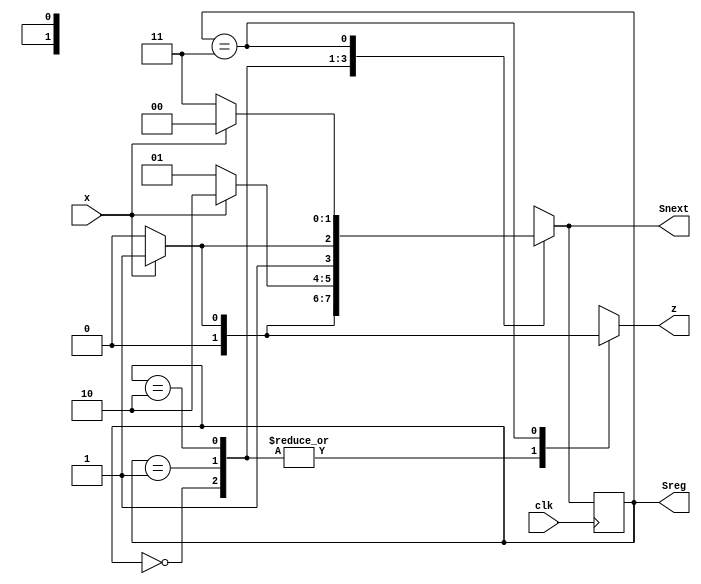
module sm_Mealy(
input clk,x,
output [1:0] Sreg,
output [1:0] Snext,
output z);
  
reg [1:0] Sreg;
reg z;
reg [1:0] Snext;
parameter [1:0] A =2'b00, B=2'b01, C=2'b10, D=2'b11; // define states

always @(posedge clk) // state memory
Sreg<=Snext;
  
always @(x,Sreg) // next-state logic
begin
case(Sreg)
A: if(x==0) Snext = A; else Snext = B; 
B: if(x==0) Snext = B; else Snext = C;
C: if(x==0) Snext = C; else Snext = D;
D: if(x==0) Snext = D; else Snext = A;
default Snext = A;
endcase
end
  
always @ (x,Sreg) //output logic - Notice it is also dependent on input
case(Sreg)
A: if(x==0) z=0; else z=0;
B: if(x==0) z=0; else z=0;
C: if(x==0) z=0; else z=0;
D: if(x==0) z=0; else z=1;
default z=0;
endcase
  
endmodule